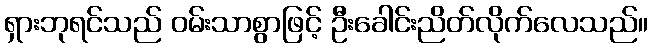
ရှားဘုရင်သည် ဝမ်းသာစွာဖြင့် ဦးခေါင်းညိတ်လိုက်လေသည်။